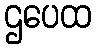
ဌပေထ